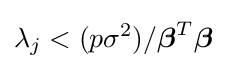
\lambda _{j}<(p\sigma ^{2})/{\boldsymbol {\beta }}^{T}{\boldsymbol {\beta }}